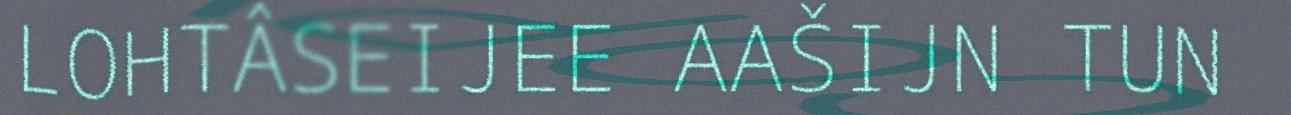
LOHTÂSEIJEE AAŠIJN TUN